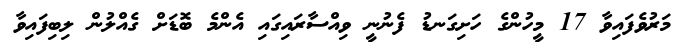
މަރުވެފައިވާ 17 މީހުންގެ ހަށިގަނޑު ފެނުނީ ވިއްސާރައިގައި އެންމެ ބޮޑަށް ގެއްލުން ލިބިފައިވާ